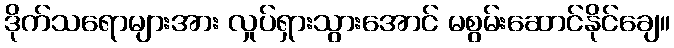
ဒိုက်သရောများအား လှုပ်ရှားသွားအောင် မစွမ်းဆောင်နိုင်ချေ။